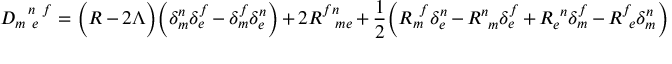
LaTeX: D _ { m ~ e } ^ { ~ ~ n ~ f } = \biggl ( R - 2 \Lambda \biggr ) \biggl ( \delta _ { m } ^ { n } \delta _ { e } ^ { f } - \delta _ { m } ^ { f } \delta _ { e } ^ { n } \biggr ) + 2 R _ { ~ ~ m e } ^ { f n } + \frac { 1 } { 2 } \biggl ( R _ { m } ^ { ~ f } \delta _ { e } ^ { n } - R _ { ~ m } ^ { n } \delta _ { e } ^ { f } + R _ { e } ^ { ~ n } \delta _ { m } ^ { f } - R _ { ~ e } ^ { f } \delta _ { m } ^ { n } \biggr )